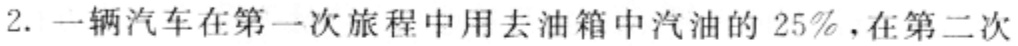
2. 一辆汽车在第一次旅程中用去油箱中汽油的 \(25\%\)，在第二次